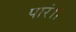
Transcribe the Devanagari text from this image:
पारं।।